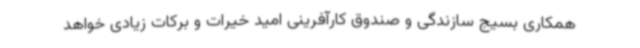
همکاری بسیج سازندگی و صندوق کارآفرینی امید خیرات و برکات زیادی خواهد